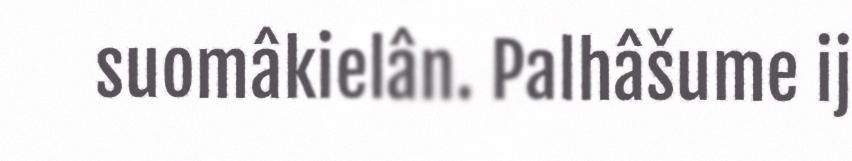
suomâkielân. Palhâšume ij